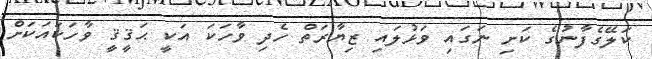
ކަލޭގެފާނުގެ ކަށި ނަގައި ވަޅުލައި ޒިޔާރަތް ހެދި ވާހަކަ އަކީ ޙަޤީޤީ ވާހަކައަކަށް